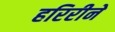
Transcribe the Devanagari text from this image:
हरिरीने